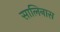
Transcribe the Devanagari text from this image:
सालिनास